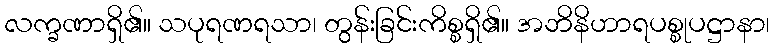
လက္ခဏာရှိ၏။ သပုရဏရသာ၊ တွန်းခြင်းကိစ္စရှိ၏။ အဘိနိဟာရပစ္စုပဋ္ဌာနာ၊